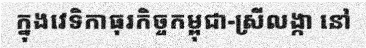
ក្នុងវេទិកាធុរកិច្ចកម្ពុជា-ស្រីលង្កា នៅ